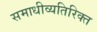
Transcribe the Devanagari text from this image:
समाधीव्यतिरिक्त